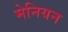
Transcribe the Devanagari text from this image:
मेनियन